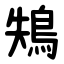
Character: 鴩